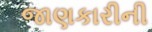
જાણકારીની